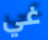
غي